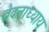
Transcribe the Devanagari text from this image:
वेदनाध्याय